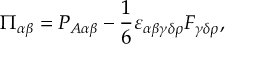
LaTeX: \Theta _ { 1 1 } ^ { 0 } ( z _ { 1 } , z _ { 2 } ) = \frac { \theta ( z _ { 1 } ) \theta ( - z _ { 2 } ) - \theta ( z _ { 2 } ) \theta ( - z _ { 1 } ) } { z _ { 1 } - z _ { 2 } } ,